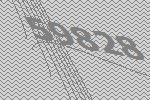
59828